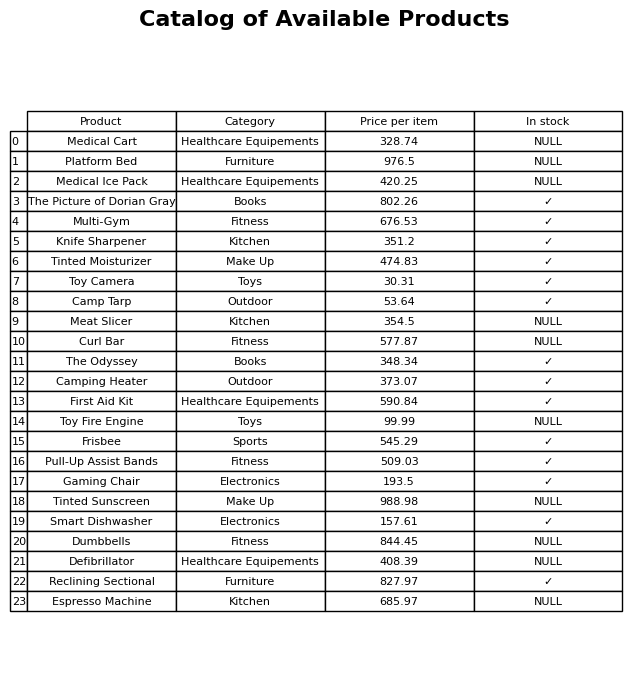
question: What is the price for Espresso Machine?
answer: The price of Espresso Machine is 685.97.